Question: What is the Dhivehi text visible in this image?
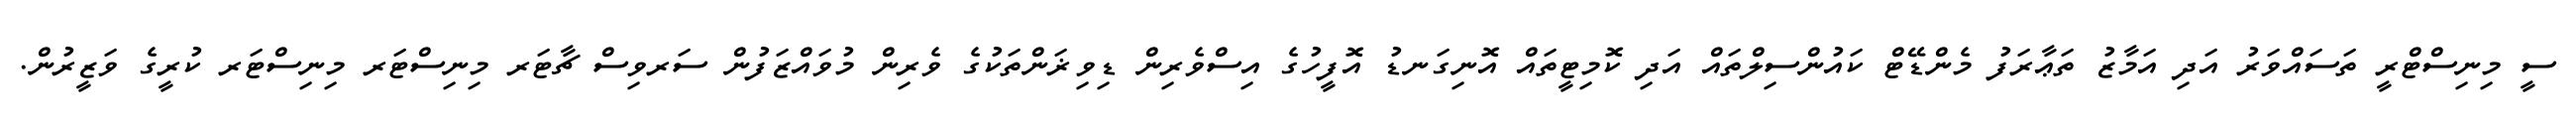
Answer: ސީ މިނިސްޓްރީ ތަސައްވަރު އަދި އަމާޒު ތަޢާރަފު މެންޑޭޓް ކައުންސިލްތައް އަދި ކޮމިޓީތައް އޮނިގަނޑު އޮފީހުގެ އިސްވެރިން ޑިވިޜަންތަކުގެ ވެރިން މުވައްޒަފުން ސަރވިސް ޗާޓަރ މިނިސްޓަރ މިނިސްޓަރ ކުރީގެ ވަޒީރުން.